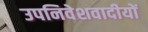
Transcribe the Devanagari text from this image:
उपनिवेशवादीयों